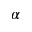
\alpha